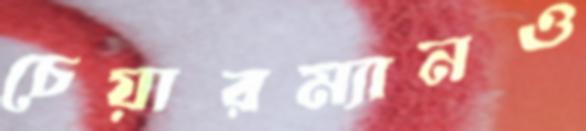
চেয়ারম্যানও